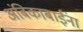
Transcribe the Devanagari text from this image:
अंबिकाबाईंना